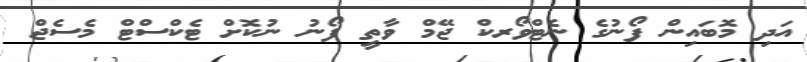
އަދި މޮބައިން ފޯނުގެ ނެޓްވޯރކް ޖޭމް ވާތީ ފޯނު ނުކޮށް ޓެކްސްޓް މެސެޖް